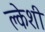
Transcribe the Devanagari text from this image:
क्लेशी